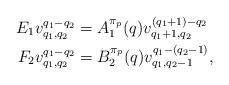
LaTeX: \begin{align*}E_1 v_{q_1, q_2}^{q_1 - q_2} &= A_{1}^{\pi_p}(q) v_{q_1 + 1, q_2}^{(q_1 + 1) - q_2} \\F_2 v_{q_1, q_2}^{q_1 - q_2} &= B_{2}^{\pi_p}(q) v_{q_1, q_2 - 1}^{q_1 - (q_2 - 1)} ,\end{align*}